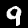
Digit: 9